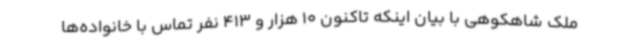
ملک شاهکوهی با بیان اینکه تاکنون 10 هزار و 413 نفر تماس با خانواده‌ها